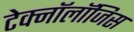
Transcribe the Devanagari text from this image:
टेक्नॉलॉजिस